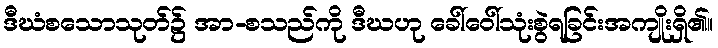
ဒီဃံစသောသုတ်၌ အာ-စသည်ကို ဒီဃဟု ခေါ်ဝေါ်သုံးစွဲရခြင်းအကျိုးရှိ၏။